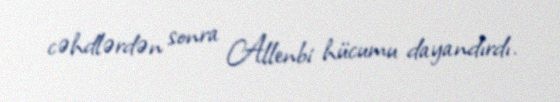
cəhdlərdən sonra Allenbi hücumu dayandırdı.